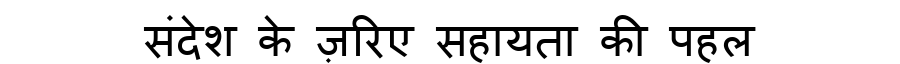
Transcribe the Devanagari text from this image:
संदेश के ज़रिए सहायता की पहल